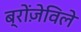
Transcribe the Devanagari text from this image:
ब्रोंज़ेविले